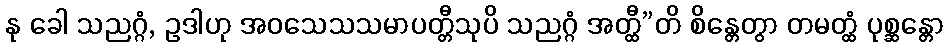
နု ခေါ သညဂ္ဂံ, ဥဒါဟု အဝသေသသမာပတ္တီသုပိ သညဂ္ဂံ အတ္ထီ”တိ စိန္တေတွာ တမတ္ထံ ပုစ္ဆန္တော